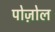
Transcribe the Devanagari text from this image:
पोज़ोल